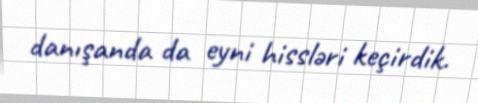
danışanda da eyni hissləri keçirdik.